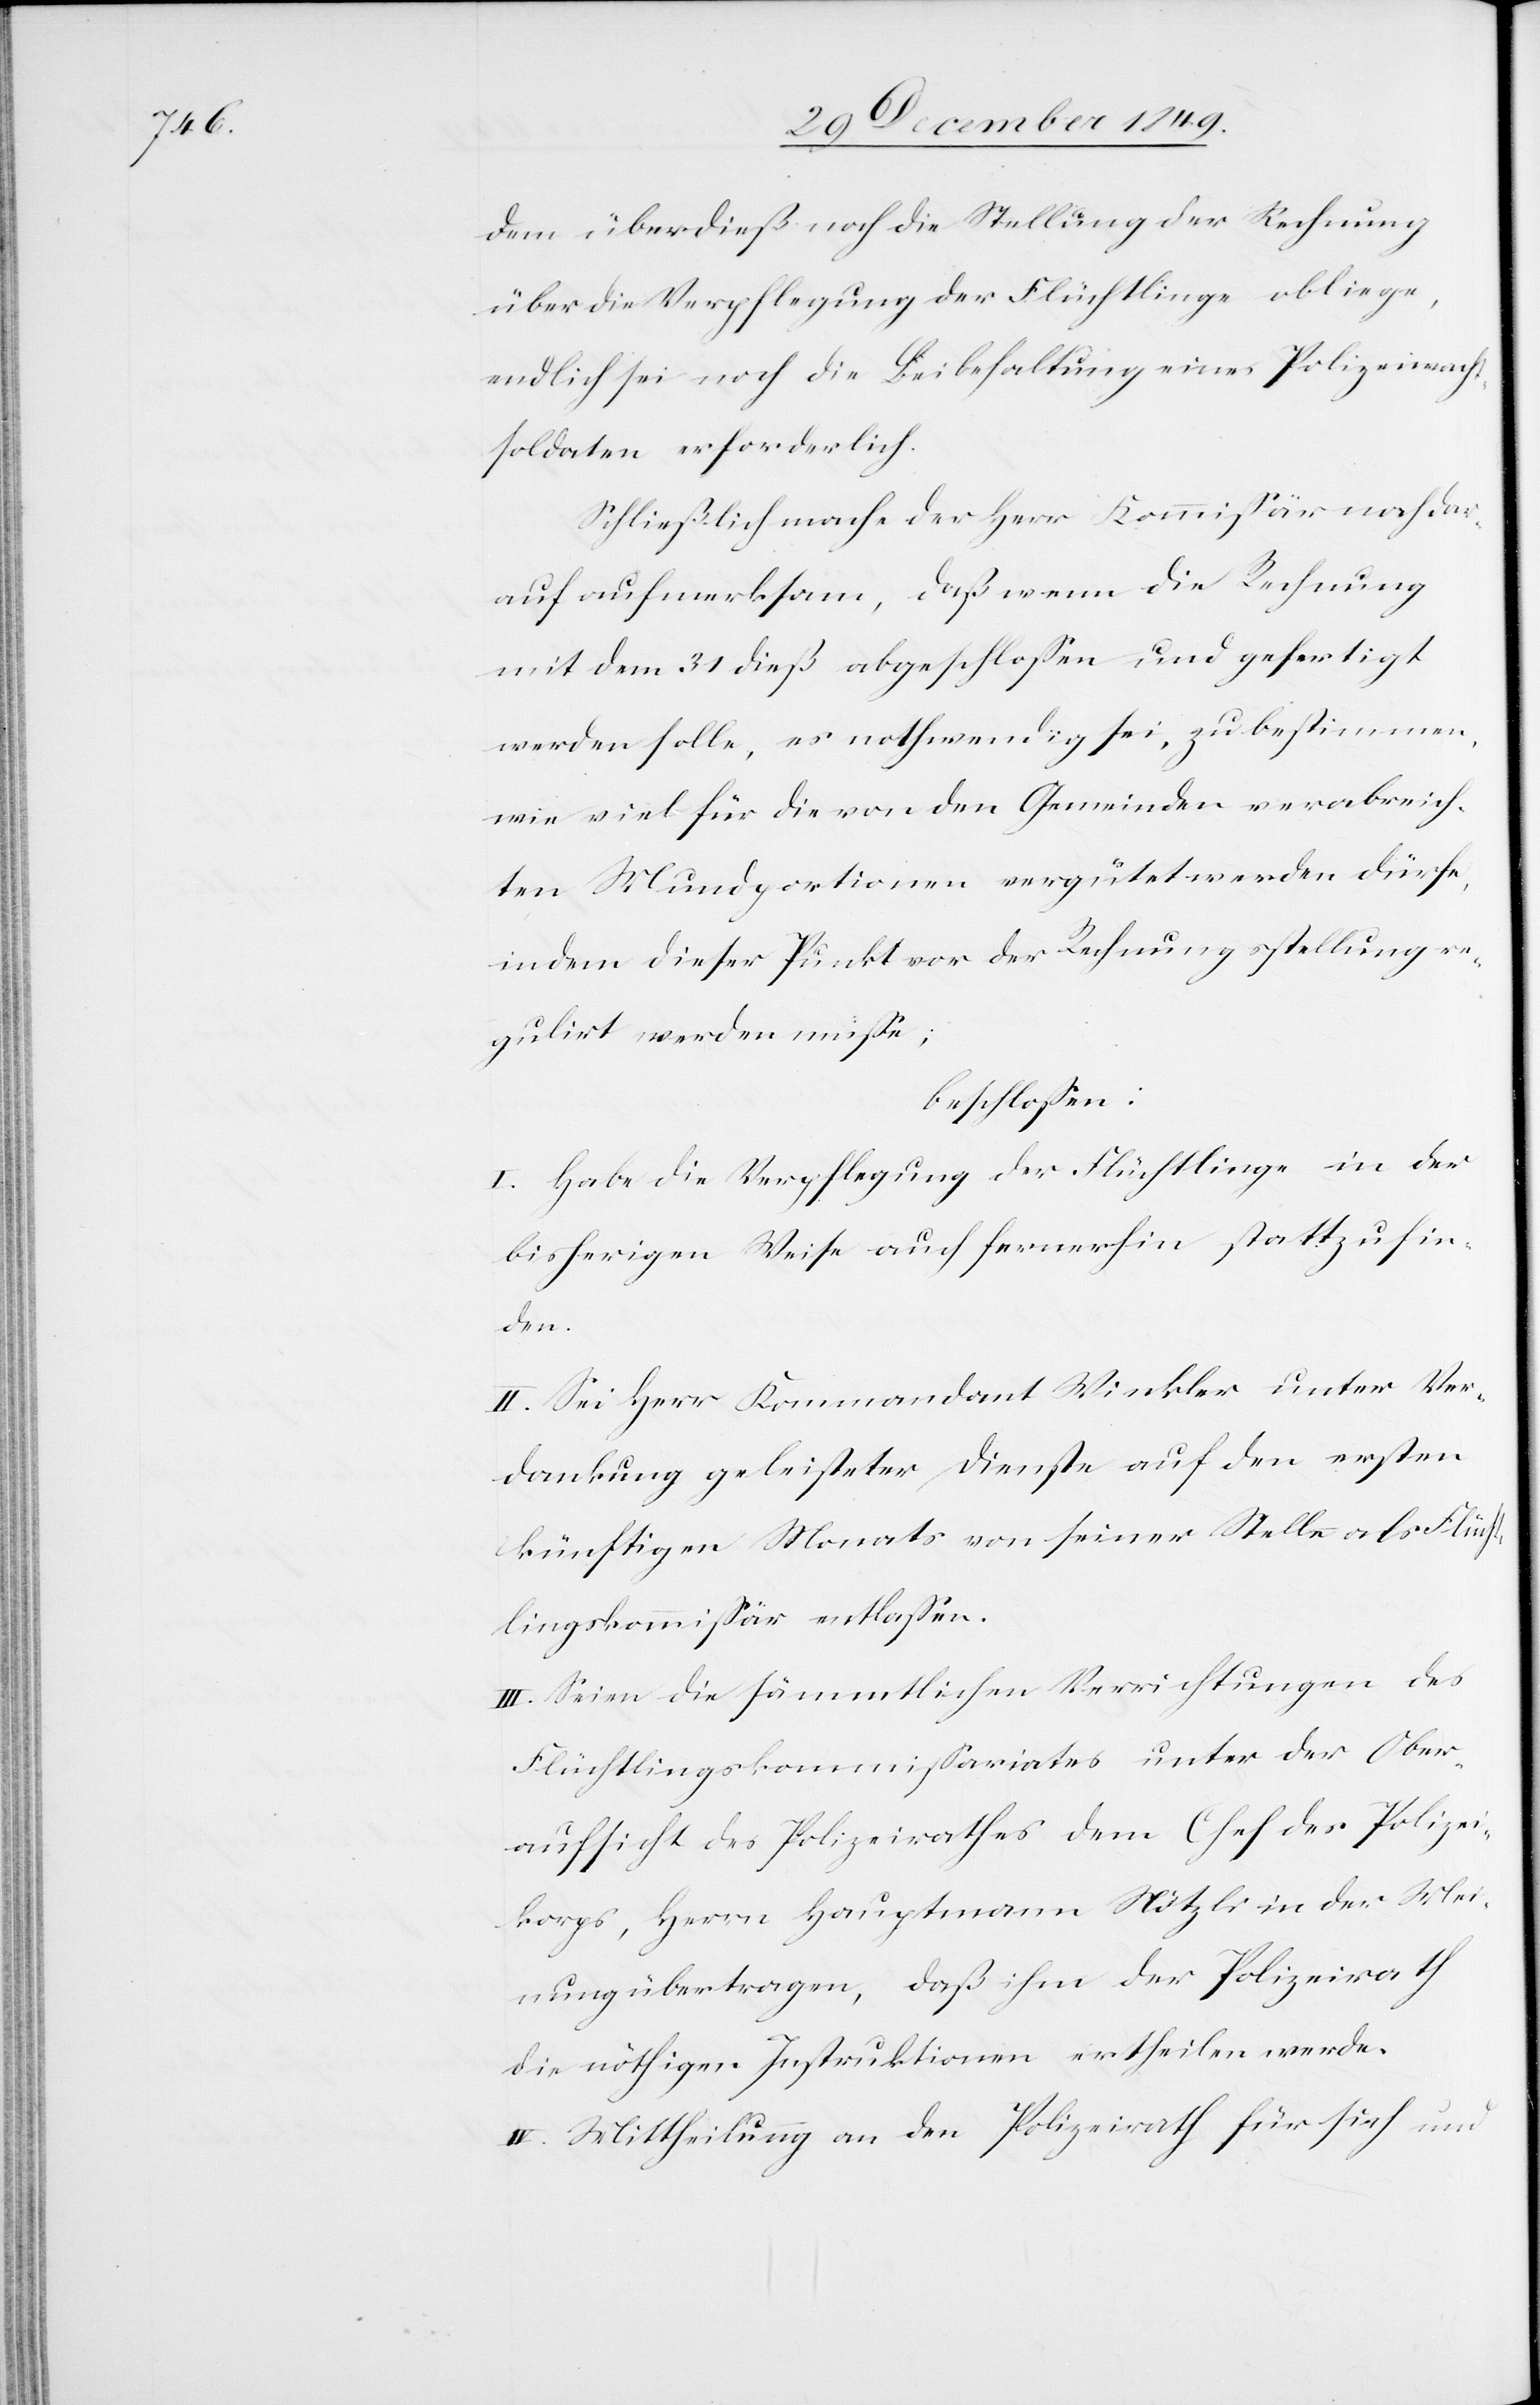
dem überdieß noch die Stellung der Rechnung
über die Verpflegung der Flüchtlinge obliege,
endlich sei noch die Beibehaltung eines Polizeiwacht¬
soldaten erforderlich.
Schließlich mache der Herr Kommißär noch dar¬
auf aufmerksam, daß wenn die Rechnung
mit dem 31 dieß abgeschloßen und gefertigt
werden solle, es nothwendig sei, zu bestimmen,
wie viel für die von den Gemeinden verabreich¬
ten Mundportionen vergütet werden dürfe,
indem dieser Punkt vor der Rechnungsstellung re¬
gulirt werden müße;
beschloßen:
I. Habe die Verpflegung der Flüchtlinge in der
bisherigen Weise auch fernerhin stattzufin¬
den.
II. Sei Herr Kommandant Winkler unter Ver¬
dankung geleisteter Dienste auf den ersten
künftigen Monats von seiner Stelle als Flücht¬
lingskommißär entlaßen.
III. Seien die sämmtlichen Verrichtungen des
Flüchtlingskommißariates unter der Ober¬
aufsicht des Polizeirathes dem Chef des Polizei¬
korps, Herrn Hauptmann Nötzli in der Mei¬
nung übertragen, daß ihm der Polizeirath
die nöthigen Instruktionen ertheilen werde.
IV. Mittheilung an den Polizeirath für sich und